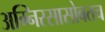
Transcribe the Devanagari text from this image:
अग्निरसासोबतच